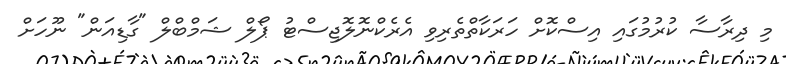
މި ދިރާސާ ކުރުމުގައި އިސްކޮށް ހަރަކާތްތެރިވި އެރެކްނޮލޮޖިސްޓު ޕޯލް ޝަމްބްލް "ގާޑިއަން" ނޫހަށް